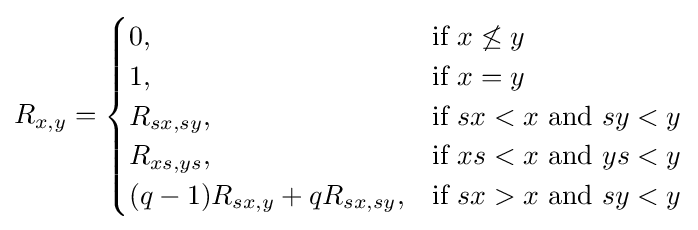
R_{x,y}={\begin{cases}0,&{\mbox{if }}x\not \leq y\\1,&{\mbox{if }}x=y\\R_{sx,sy},&{\mbox{if }}sx<x{\mbox{ and }}sy<y\\R_{xs,ys},&{\mbox{if }}xs<x{\mbox{ and }}ys<y\\(q-1)R_{sx,y}+qR_{sx,sy},&{\mbox{if }}sx>x{\mbox{ and }}sy<y\end{cases}}